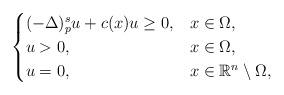
LaTeX: \begin{align*}\begin{cases}(-\Delta)^s_p u+c(x)u\geq 0, & x\in \Omega,\\u>0, & x\in \Omega,\\u=0, & x\in \mathbb{R}^n\setminus\Omega,\end{cases}\end{align*}